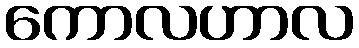
ကောလဟာလ